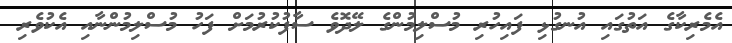
އެމެރިކާގެ އަތުގައި އުނގުޅި ފައިހުރި މުސްލިމުންގެ ލޭދޮވެ ސާފުކުރުމަށް ފަހު މުސްލިމުންނާއި އެކުވެރި